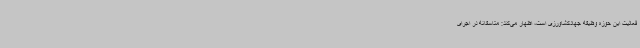
فعالیت این حوزه وظیفه جهادکشاورزی است، اظهار می‌کند: متاسفانه در اجرای